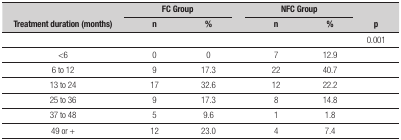
<table><thead><tr><td rowspan="2"><b>Treatment duration (months)</b></td><td colspan="2"><b>FCGroup</b></td><td rowspan="2"><b> </b></td><td colspan="2"><b>NFCGroup</b></td><td rowspan="2"><b>p</b></td></tr><tr><td><b>n</b></td><td><b>%</b></td><td><b>n</b></td><td><b>%</b></td></tr></thead><tbody><tr><td> </td><td> </td><td> </td><td> </td><td> </td><td> </td><td>0.001</td></tr><tr><td>&lt;6</td><td>0</td><td>0</td><td> </td><td>7</td><td>12.9</td><td> </td></tr><tr><td>6 to 12</td><td>9</td><td>17.3</td><td> </td><td>22</td><td>40.7</td><td> </td></tr><tr><td>13 to 24</td><td>17</td><td>32.6</td><td> </td><td>12</td><td>22.2</td><td> </td></tr><tr><td>25 to 36</td><td>9</td><td>17.3</td><td> </td><td>8</td><td>14.8</td><td> </td></tr><tr><td>37 to 48</td><td>5</td><td>9.6</td><td> </td><td>1</td><td>1.8</td><td> </td></tr><tr><td>49 or +</td><td>12</td><td>23.0</td><td> </td><td>4</td><td>7.4</td><td> </td></tr></tbody></table>